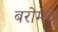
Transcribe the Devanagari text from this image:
बरोमद